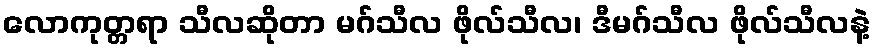
လောကုတ္တရာ သီလဆိုတာ မဂ်သီလ ဖိုလ်သီလ၊ ဒီမဂ်သီလ ဖိုလ်သီလနဲ့